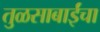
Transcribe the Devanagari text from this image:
तुळसाबाईंचा